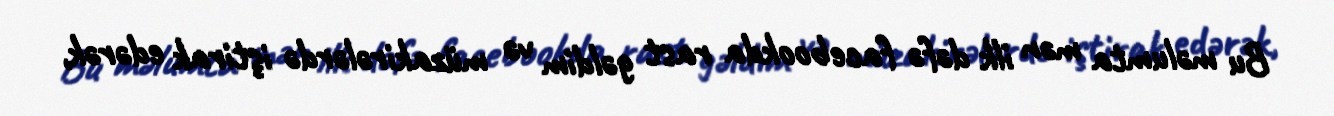
Bu məlumta mən ilk dəfə facebookda rast gəldim və müzakirələrdə iştirak edərək,